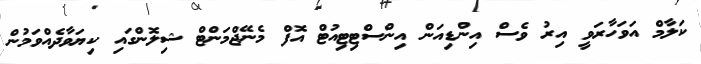
ކަލާމް އަވަހާރަވީ އިރު ވެސް އިންޑިއަން އިންސްޓިޓިއުޓް އޮފް މެނޭޖްމަންޓް ޝިލޮންގައި ކިޔަވާދެއްވަމުން